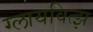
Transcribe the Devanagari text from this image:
ग्लायवित्झ